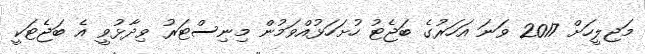
މަޖިލީހަށް 2017 ވަނަ އަހަރުގެ ބަޖެޓު ހުށަހަޅުއްވަމުން މިނިސްޓަރު ވިދާޅުވީ އެ ބަޖެޓަކީ